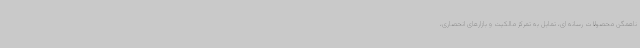
ناهمگن محصولات رسانه ای، تمایل به تمرکز مالکیت و بازارهای انحصاری،